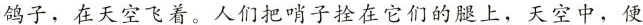
鸽子，在天空飞着。人们把哨子拴在它们的腿上，天空中，便